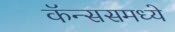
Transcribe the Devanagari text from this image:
कॅन्ससमध्ये